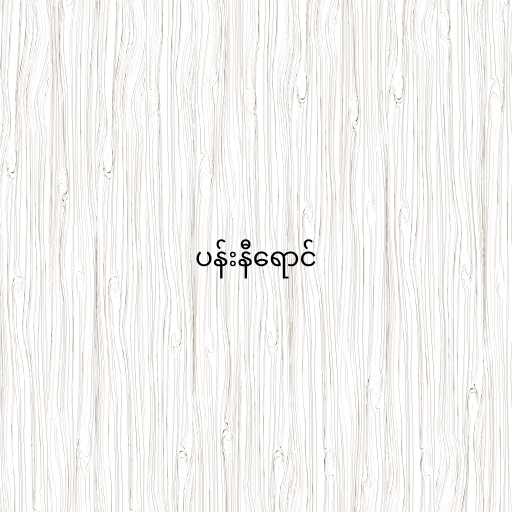
ပန်းနီရောင်